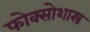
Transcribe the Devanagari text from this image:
फोक्सोशास्त्र